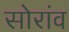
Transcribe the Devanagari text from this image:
सोरांव